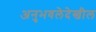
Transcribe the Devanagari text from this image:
अनुभवलेदेखील